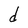
Character: d